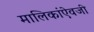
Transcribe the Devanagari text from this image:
मालिकांऐवजी